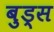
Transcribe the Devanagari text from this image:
बुड्‌स